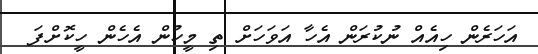
އަހަރެން ހިއެއް ނުކުރަން އެހާ އަވަހަށް ތި މީހުން އެހެން ހީކޮށްފަ